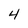
Character: 4